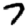
Digit: 7